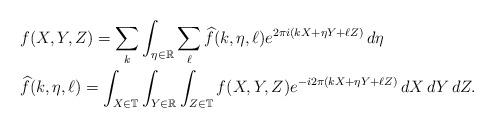
LaTeX: \begin{align*}& f(X,Y,Z) = \sum_k \int_{\eta \in \mathbb{R}} \sum_\ell \widehat{f}(k,\eta,\ell) e^{2\pi i(kX + \eta Y + \ell Z)} \,d\eta\\& \widehat{f}(k,\eta,\ell) = \int_{X \in \mathbb{T}} \int_{Y \in \mathbb{R}} \int_{Z \in \mathbb{T}} f(X,Y,Z) e^{-i 2\pi (kX + \eta Y + \ell Z)} \,dX\,dY\,dZ.\end{align*}